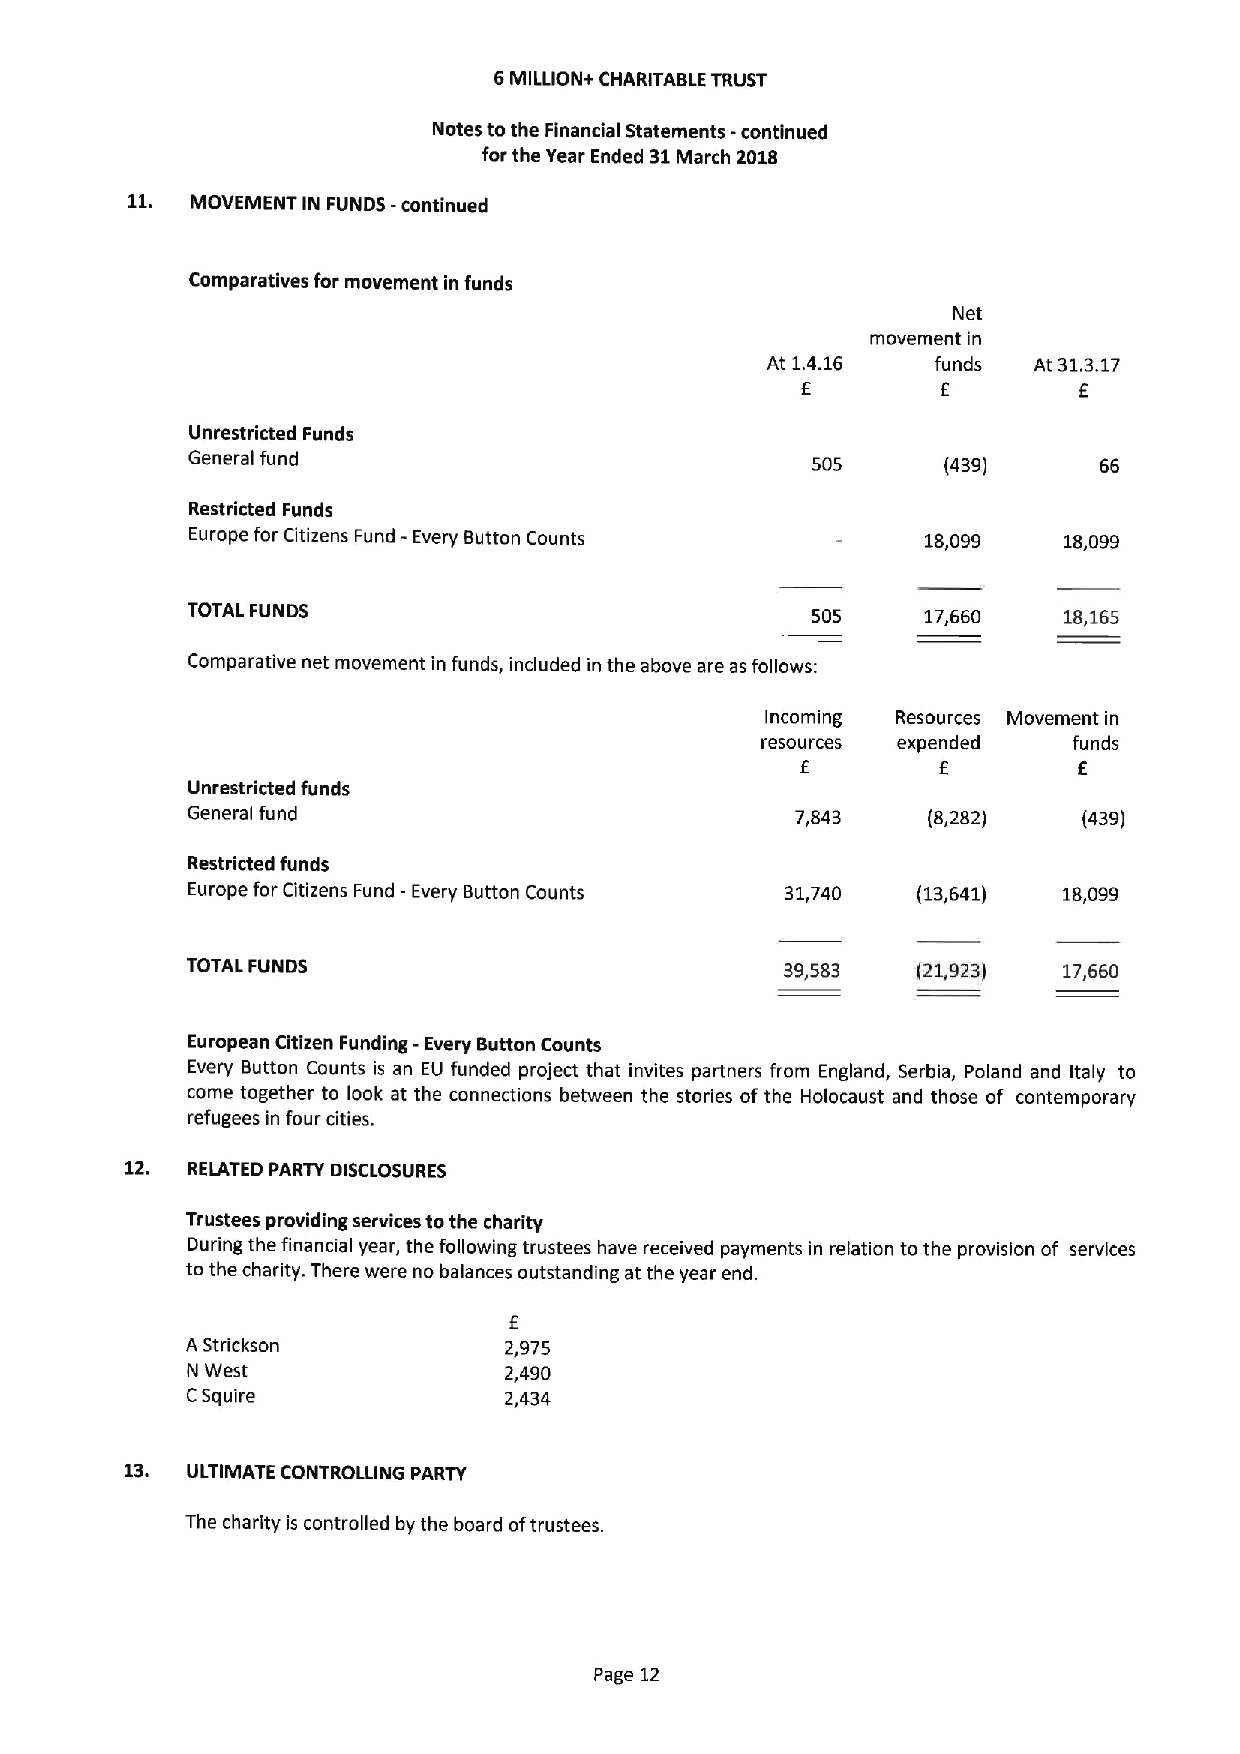
6MILLION+ CHARITABLE TRUST
 Notes to the Financial Statements -continued
 for the Year Ended 31March 2018
 11.  MOVEMENT IN FUNDS -continued
 Comparatives for movement in funds
 Net
 movement in
 At 1.4.16  funds At 31.3.17
 6        f        E
 Unrestricted Funds
 General fund                              505      (439)     66
 Restricted Funds
 Europe for Citizens Fund - Every Button Counts  18,099   18,099
 TOTAL FUNDS                               505    17,660   18,165
 Comparative net movement in funds, included in the above are as follows:
 Incoming Resources Movement in
 resources expended   funds
 E        E        E
 Unrestricted funds
 General fund                             7,843   (8,282)    (439)
 Restricted funds
 Europe for Citizens Fund —Every Button Counts 31,740 (13,641) 18,099
 TOTALFUNDS                              39,583   (21,923) 17,660
 European Citizen Funding -Every Button Counts
 Every Button Counts is an EU funded project that invites partners from England, Serbia, Poland and Italy to
 come together to look at the connections between the stories of the Holocaust and those of contemporary
 refugees in four cities.
 12. RELATED PARTY DISCLOSURES
 Trustees providing services tothe charity
 During the financial year, the following trustees have received payments in relation to the provision of services
 to the charity. There were no balances outstanding at the year end.
 E
 A Strickson          2,975
 N West               2,490
 CSquire              2,434
 13. ULTIMATE CONTROLLING PARTY
 The charity is controlled by the board oftrustees.
 Page 12